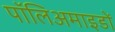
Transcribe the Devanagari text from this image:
पॉलिअमाइडों